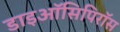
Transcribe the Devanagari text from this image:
डाइऑसिपिरॉस